Report of the Indian Hemp Drugs Commission, 1894-1895 - Volume III
Year: 1894
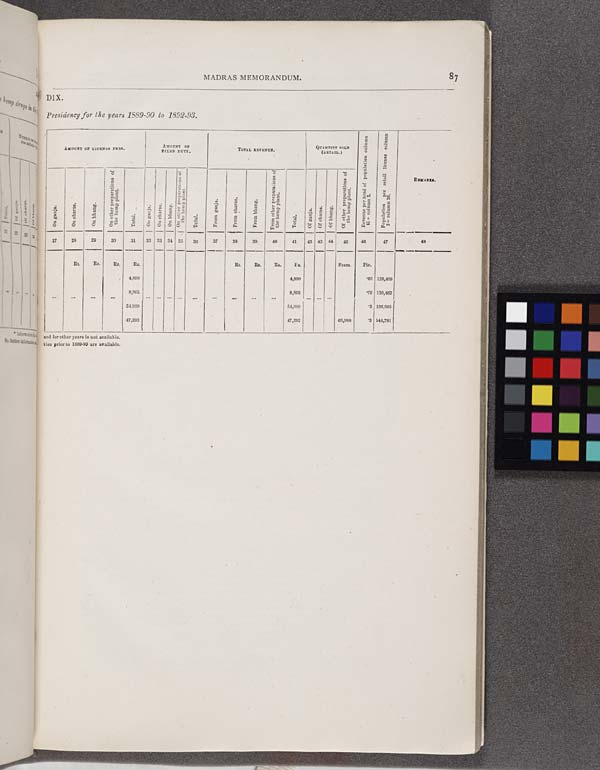
MADRAS MEMORANDUM.
87
DIX.
Presidency for the years 1889-90 to 1892-93.
AMOUNT OF LICENSES FEES.
AMOUNT OF
FIXED DUTY.
TOTAL REVENUE.
QUANTITY SOLD
(RETAIL.)
Revenue
per head of population column
41 ÷ column 2.
Population per retail license column
2 ÷ column 26.
REMARKS.
On ganja.
On charas.
On bhang.
O n other preparations of
the hemp plant.
Total.
On ganja.
On charas.
On bhang.
On other preparations of
the hemp plant.
Total.
From ganja.
From charas.
From bhang.
From other preparations of
the hemp plant.
Total.
Of ganja.
Of charas.
Of bhang.
Of other preparations of
the hemp plant.
Revenue
per head of population column
41 ÷ column 2.
Population per retail license column
2 ÷ column 26.
REMARKS.
27
28
29
30
31
32 33 34 35
36
37
38
39
40
41
42 43 44
45
46
47
48
Rs.
Rs.
Rs.
Rs.
Rs.
Rs.
Rs.
Rs.
Seers.
Pie.
4,890
4,890
.03
125,409
8,805
8,805
.06
130,462
54,989
54,989
.3
136,985
47,292
47,292
66,988
.3
144,781
and for other years is not available.
tion prior to 1889-90 are available.